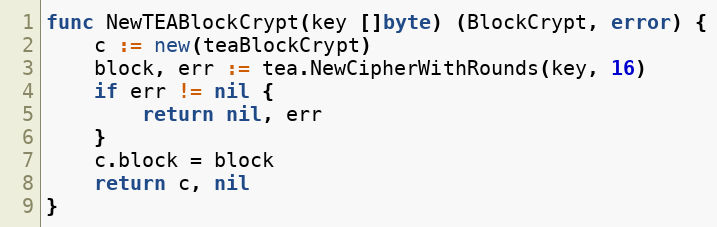
Language: Go
func NewTEABlockCrypt(key []byte) (BlockCrypt, error) {
	c := new(teaBlockCrypt)
	block, err := tea.NewCipherWithRounds(key, 16)
	if err != nil {
		return nil, err
	}
	c.block = block
	return c, nil
}